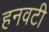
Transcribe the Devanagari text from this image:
हनवटी